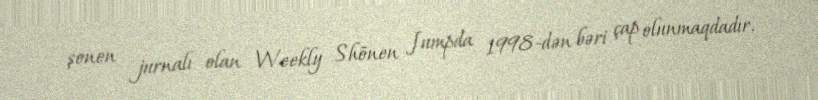
şonen jurnalı olan Weekly Shōnen Jumpda 1998-dən bəri çap olunmaqdadır.